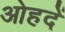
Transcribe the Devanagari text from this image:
ओहदें